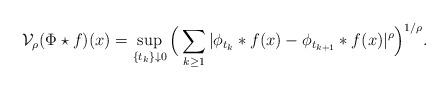
LaTeX: \begin{align*}\mathcal{V}_\rho(\Phi\star f)(x)=\sup_{\{t_k\}\downarrow0}\Big(\sum_{k\geq1}|\phi_{t_{k}}\ast f(x)-\phi_{t_{k+1}}\ast f(x)|^\rho\Big)^{1/\rho}.\end{align*}